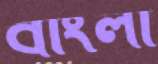
বাংলা